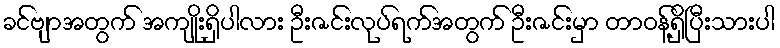
ခင်ဗျာအတွက် အကျိုးရှိပါလား ဦးဇင်းလုပ်ရက်အတွက် ဦးဇင်းမှာ တာဝန့်ရှိပြီးသားပါ